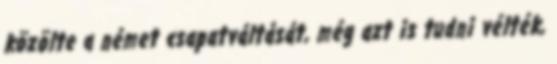
közölte a német csapatváltását, még azt is tudni vélték,